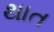
થાત